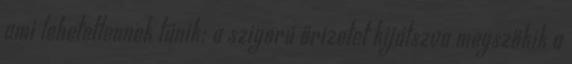
ami lehetetlennek tűnik: a szigorú őrizetet kijátszva megszökik a